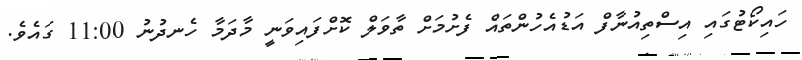
ހައިކޯޓުގައި އިސްތިއުނާފް އަޑުއެހުންތައް ފެށުމަށް ތާވަލް ކޮށްފައިވަނީ މާދަމާ ހެނދުނު 11:00 ގައެވެ.